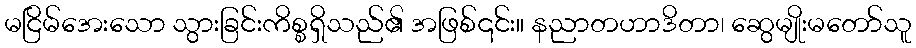
မငြိမ်အေးသော သွားခြင်းကိစ္စရှိသည်၏ အဖြစ်၎င်း။ နညာတဟာဒိတာ၊ ဆွေမျိုးမတော်သူ